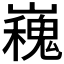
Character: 𭗪